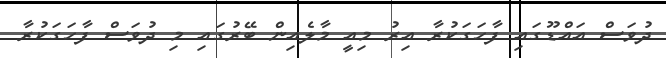
ދުވަސް އައްޑޫގައި ފާހަގަކުރާ އިރު މިއީ މާލެއިން ބޭރުގައި މި ދުވަސް ފާހަގަކުރާ